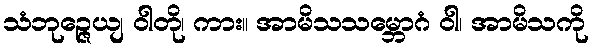
သံဘုဉ္ဇေယျ ဝါတို၊ ကား။ အာမိသသမ္ဘောဂံ ဝါ၊ အာမိသကို